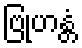
ဗြုဟန္တံ